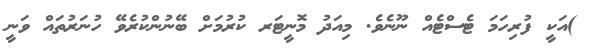
)އަކީ ފުރިހަަމަ ޓެސްޓެއް ނޫނެވެ. މިއަދު މޮނީޓަރ ކުރުމަށް ބޭނުންކުރެވޭ ހުނަރުތައް ވަނީ